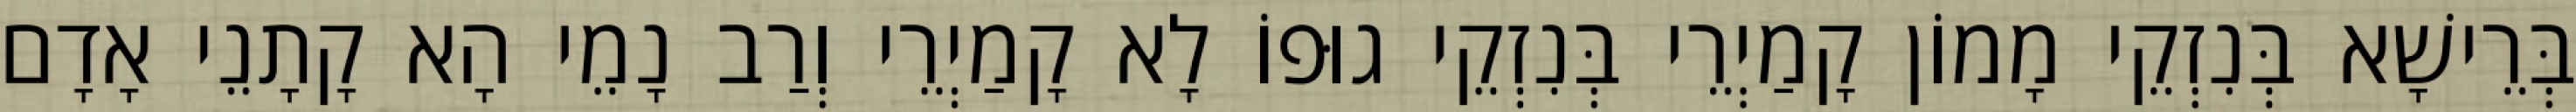
בְּרֵישָׁא בְּנִזְקֵי מָמוֹן קָמַיְרֵי בְּנִזְקֵי גוּפוֹ לָא קָמַיְרֵי וְרַב נָמֵי הָא קָתָנֵי אָדָם